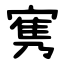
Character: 㝦